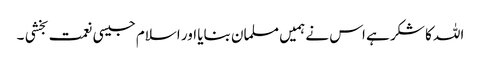
اللہ کا شکر ہے اس نے ہمیں مسلمان بنایا اور اسلام جیسی نعمت بخشی ۔